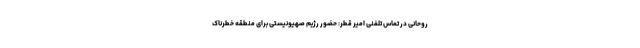
روحانی در تماس تلفنی امیر قطر: حضور رژیم صهیونیستی برای منطقه خطرناک